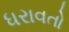
ધરાવતો